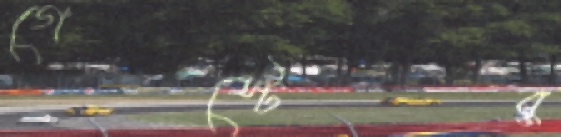
গেস্টের